Vaccination report Assam 1874-1896 - 1874-1896
Year: 1874
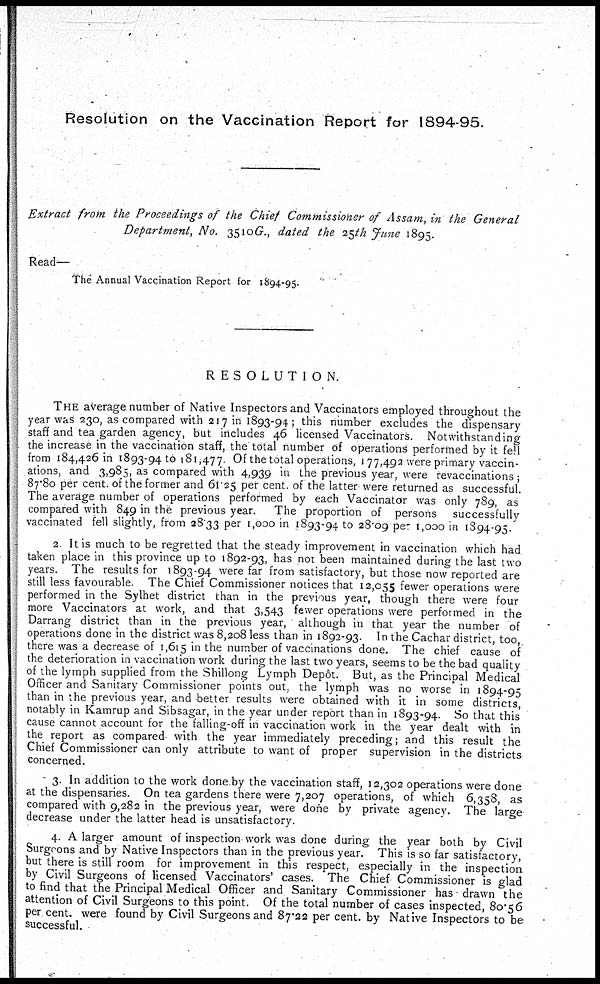
Resolution on the Vaccination Report for 1894-95.
Extract from the Proceedings of the Chief Commissioner of Assam, in the General
Department, No. 3510G., dated the 25th June 1895.
Read—
The Annual Vaccination Report for 1894-95.
RESOLUTION.
THE average number of Native Inspectors and Vaccinators employed throughout the
year was 230, as compared with 217 in 1893-94; this number excludes the dispensary
staff and tea garden agency, but includes 46 licensed Vaccinators. Notwithstanding
the increase in the vaccination staff, the total number of operations performed by it fell
from 184,426 in 1893-94 to 181,477. Of the total operations, 177,492 were primary vaccin-
ations, and 3,985, as compared with 4,939 in the previous year, were revaccinations;
87.80 per cent. of the former and 61.25 per cent. of the latter were returned as successful.
The average number of operations performed by each Vaccinator was only 789, as
compared with 849 in the previous year. The proportion of persons successfully
vaccinated fell slightly, from 28.33 per 1,000 in 1893-94 to 28.09 per 1,000 in 1894-95.
2 It is much to be regretted that the steady improvement in vaccination which had
taken place in this province up to 1892-93, has not been maintained during the last two
years. The results for 1893-94 were far from satisfactory, but those now reported are
still less favourable. The Chief Commissioner notices that 12,055 fewer operations were
performed in the Sylhet district than in the previous year, though there were four
more Vaccinators at work, and that 3,543 fewer operations were performed in the
Darrang district than in the previous year, although in that year the number of
operations done in the district was 8,208 less than in 1892-93. In the Cachar district, too,
there was a decrease of 1,615 in the number of vaccinations done. The chief cause of
the deterioration in vaccination work during the last two years, seems to be the bad quality
of the lymph supplied from the Shillong Lymph Depôt. But, as the Principal Medical
Officer and Sanitary Commissioner points out, the lymph was no worse in 1894-95
than in the previous year, and better results were obtained with it in some districts,
notably in Kamrup and Sibsagar, in the year under report than in 1893-94. So that this
cause cannot account for the falling-off in vaccination work in the year dealt with in
the report as compared with the year immediately preceding; and this result the
Chief Commissioner can only attribute to want of proper supervision in the districts
concerned.
3. In addition to the work done by the vaccination staff, 12,302 operations were done
at the dispensaries. On tea gardens there were 7,207 operations, of which 6,358, as
compared with 9,282 in the previous year, were done by private agency. The large
decrease under the latter head is unsatisfactory.
4. A larger amount of inspection work was done during the year both by Civil
Surgeons and by Native Inspectors than in the previous year. This is so far satisfactory,
but there is still room for improvement in this respect, especially in the inspection
by Civil Surgeons of licensed Vaccinators' cases. The Chief Commissioner is glad
to find that the Principal Medical Officer and Sanitary Commissioner has drawn the
attention of Civil Surgeons to this point. Of the total number of cases inspected, 80.56
per cent. were found by Civil Surgeons and 87.22 per cent. by Native Inspectors to be
successful.